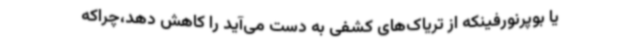
یا بوپرنورفینکه از تریاک‌های کشفی به دست می‌آید را کاهش دهد،چراکه